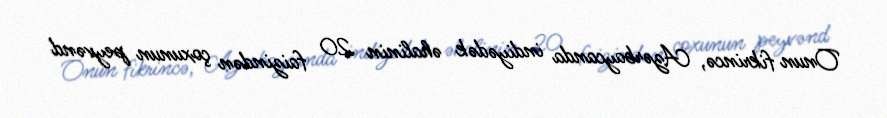
Onun fikrincə, Azərbaycanda indiyədək əhalinin 20 faizindən çoxunun peyvənd